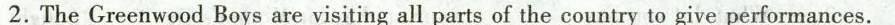
2.The Greenwood Boys are visiting all parts of the country to give performances.